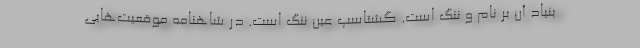
بنیاد آن بر نام و ننگ است. گشتاسپ عین ننگ است. در شاهنامه موقعیت‌هایی